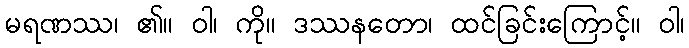
မရဏဿ၊ ၏။ ဝါ၊ ကို။ ဒဿနတော၊ ထင်ခြင်းကြောင့်။ ဝါ၊